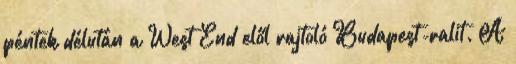
péntek délután a West End elől rajtoló Budapest-ralit. A